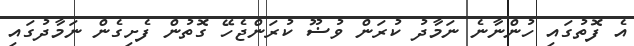
އެ ފޮތުގައި ހުންނާނެ ނަމާދު ކުރަން ވުޟޫ ކުރަންޖެހޭ ގޮތުން ފެށިގެން ނަމާދުގައި